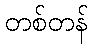
တစ်တန်